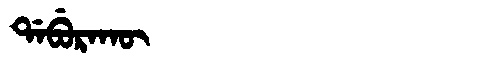
Manchu: ᡩᠠᠪᡠᡵᠠᡴᡡ
Romanization: DABURAKŪ